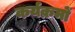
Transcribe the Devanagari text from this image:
कर्यक्रमों